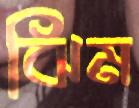
ঝিম